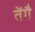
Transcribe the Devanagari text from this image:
तेंगै